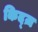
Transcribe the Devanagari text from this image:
किद्ज़